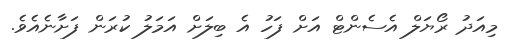
މިއަދު ރޯޔަލް އެސެންޓް އަށް ފަހު އެ ބިލަށް އަމަލު ކުރަން ފަށާނެއެވެ.